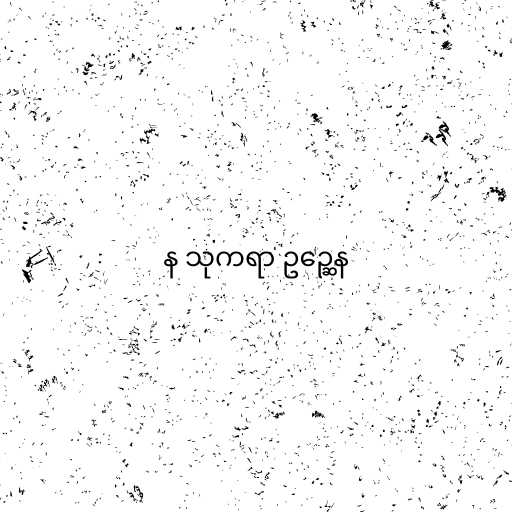
န သုကရာ ဥဉ္ဆေန